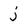
Character: j